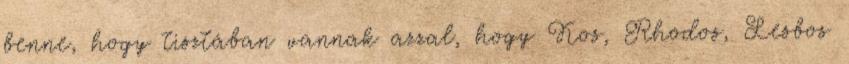
benne, hogy tisztában vannak azzal, hogy Kos, Rhodos, Lesbos